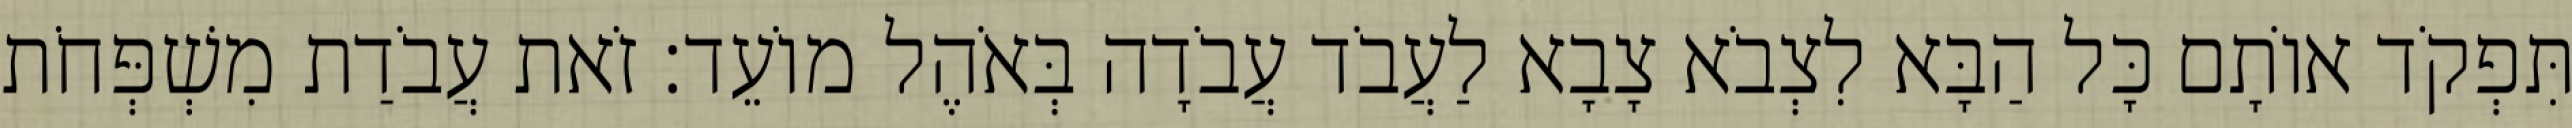
תִּפְקֹד אוֹתָם כָּל הַבָּא לִצְבֹא צָבָא לַעֲבֹד עֲבֹדָה בְּאֹהֶל מוֹעֵד׃ זֹאת עֲבֹדַת מִשְׁפְּחֹת